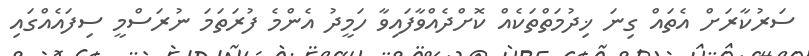
ސަރުކާރަށް އެތައް ގިނަ ޚިދުމަތްތަކެއް ކޮށްދެއްވާފައިވާ ހަމީދު އެންމެ ފުރަތަމަ ނުރަސްމީ ސިފައެއްގައި